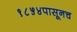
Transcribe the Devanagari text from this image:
१८५४पासूनच